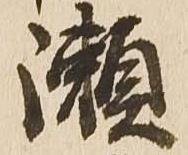
瀬